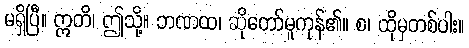
မရှိပြီ။ ဣတိ၊ ဤသို့။ ဘဏထ၊ ဆိုတော်မူကုန်၏။ စ၊ ထိုမှတစ်ပါး။